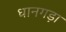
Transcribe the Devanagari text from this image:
धानगड़ा